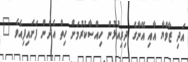
އަދި ޒާވްޔާ އާއި އޭނާގެ ދިރިއުޅުން ހިއްސާކުރުމަށް ހިތް އެދެން ފަށައިފިއެވެ "